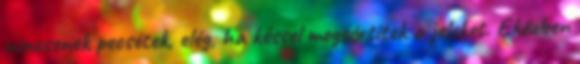
nincsenek pecsétek, elég, ha késsel megsértitek a jeleket. Eközben